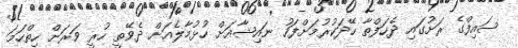
ސައިފްގެ ރަށުގައި ދެހަފްތާ ހޭދަކުރުމަށްފަހު ނައިޝާއަށް ހުޅުމާލެއަށް ދެވޭތީ ހުރީ ވަރަށް ހިތްހަމަ